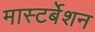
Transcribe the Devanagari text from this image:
मास्टर्बेशन